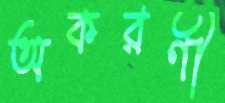
অকরণী